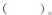
().